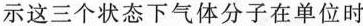
示这三个状态下气体分子在单位时